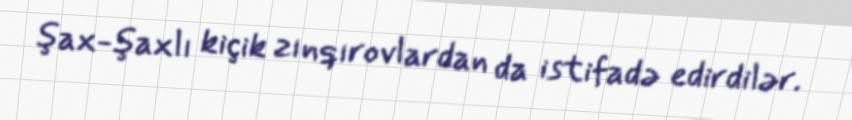
şax-şaxlı kiçik zınqırovlardan da istifadə edirdilər.